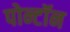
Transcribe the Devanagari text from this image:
पोन्टॉन